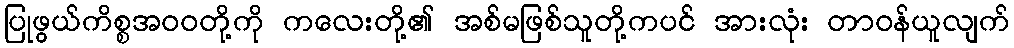
ပြုဖွယ်ကိစ္စအဝဝတို့ကို ကလေးတို့၏ အစ်မဖြစ်သူတို့ကပင် အားလုံး တာဝန်ယူလျက်